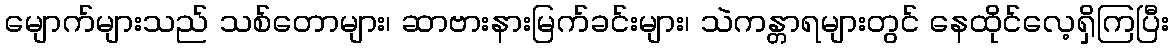
မျောက်များသည် သစ်တောများ၊ ဆာဗားနားမြက်ခင်းများ၊ သဲကန္တာရများတွင် နေထိုင်လေ့ရှိကြပြီး